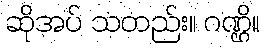
ဆိုအပ် သတည်း။ ဂဏ္ဌိ။